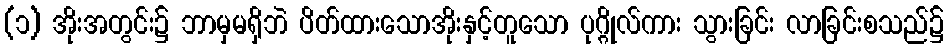
(၁) အိုးအတွင်း၌ ဘာမှမရှိဘဲ ပိတ်ထားသောအိုးနှင့်တူသော ပုဂ္ဂိုလ်ကား သွားခြင်း လာခြင်းစသည်၌